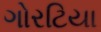
ગોરટિયા